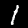
Digit: 1